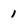
Character: 1